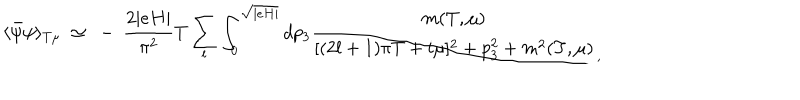
LaTeX: \langle \bar { \psi } \psi \rangle _ { T \mu } ~ \simeq ~ - ~ \frac { 2 \vert e H \vert } { \pi ^ { 2 } } T \sum _ { l } \int _ { 0 } ^ { \sqrt { \vert e H \vert } } d p _ { 3 } \frac { m ( T , \mu ) } { [ ( 2 l + 1 ) \pi T + i \mu ] ^ { 2 } + p _ { 3 } ^ { 2 } + m ^ { 2 } ( T , \mu ) } _ { , }